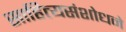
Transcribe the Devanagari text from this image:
साहित्यसंशोधने